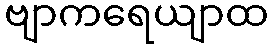
ဗျာကရေယျာထ